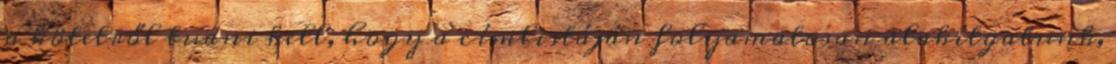
a kötetről tudni kell, hogy a címlistáján folyamatosan alakítgatunk,